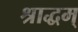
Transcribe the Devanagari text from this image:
श्राद्धम्‌